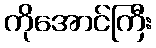
ကိုအောင်ကြီး